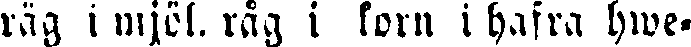
räg i mjöl. råg i korn i hafra hwe-